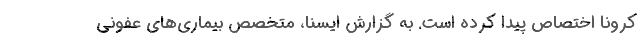
کرونا اختصاص پیدا کرده است. به گزارش ایسنا، متخصص بیماری‌های عفونی